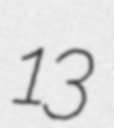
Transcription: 13